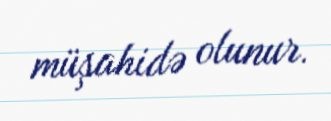
müşahidə olunur.